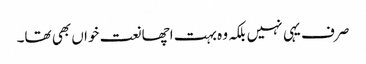
صرف یہی نہیں بلکہ وہ بہت اچھا نعت خواں بھی تھا۔